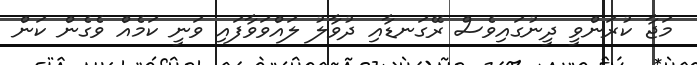
މަޖާ ކުރަންވީ ދީނުގައިވެސް ރޭގަނޑާއި ދުވާލު ލައްވަވާފައި ވަނީ ކަމެއް ވެގެން ކަން